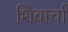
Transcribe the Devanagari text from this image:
शिवार्चा